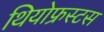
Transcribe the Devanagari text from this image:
थियोफ्रस्टस